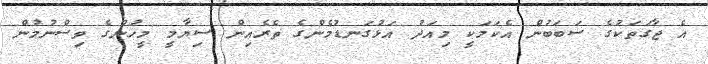
އެ ޖާގަތަކުގެ ސަބަބުން އެކަމަކީ މިއަދު އަޅުގަނޑުމެންގެ ތެރެއިން ސިޔާމީ މީހުންގެ ވިސްނުމުން